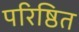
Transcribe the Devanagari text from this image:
परिष्ठित